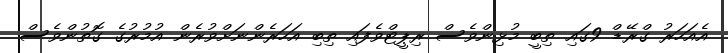
އެއަހަރު ގްރޭޑް 9ގައި ތިބީ މުޅިންވެސް ރިޕީޓްވެފައި ތިބި އަހަރެންނަށްވުރެން އުމުރުގެ ގޮތުންވެސް